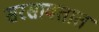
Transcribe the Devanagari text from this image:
सरसावतात